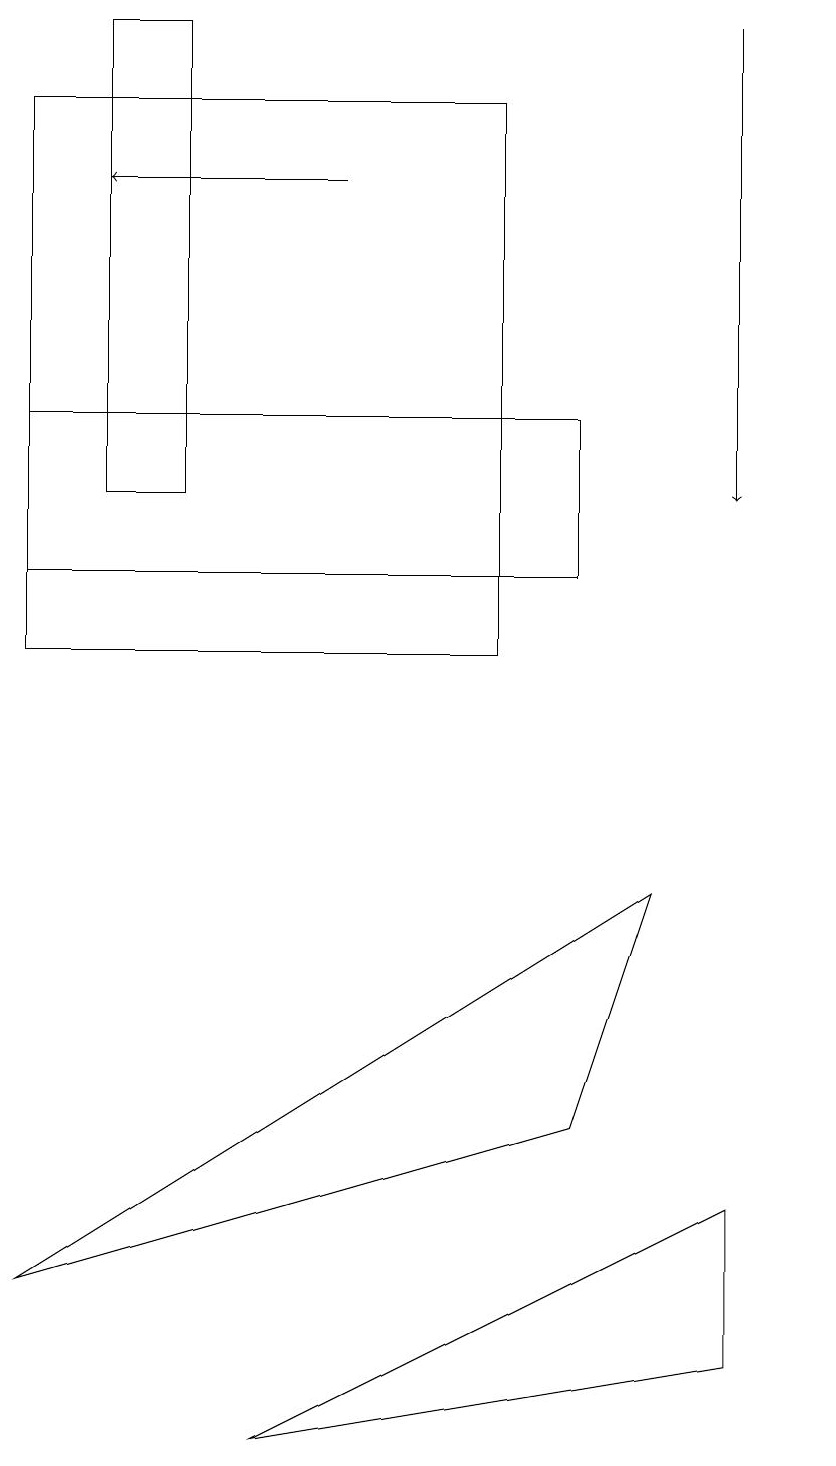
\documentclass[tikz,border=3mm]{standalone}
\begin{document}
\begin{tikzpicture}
\draw (1,13) rectangle (2,19);
\draw (9,2) -- (9,4) -- (3,1) -- cycle;
\draw[->] (9,19) -- (9,13);
\draw (0,14) rectangle (7,12);
\draw (10,11) circle (0);
\draw[->] (4,17) -- (1,17);
\draw (7,5) -- (0,3) -- (8,8) -- cycle;
\draw (6,18) rectangle (0,11);
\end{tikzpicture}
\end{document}